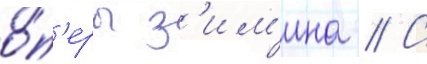
о́п'еры з'им'ина // С